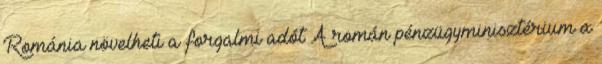
Románia növelheti a forgalmi adót A román pénzügyminisztérium a